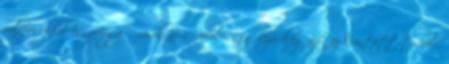
belépésekkel összefüggő mindennemű felelősség kizárólag azt az Érintett terheli,